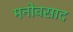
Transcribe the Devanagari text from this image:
मनोवसाद